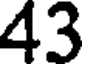
43